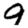
Digit: 9